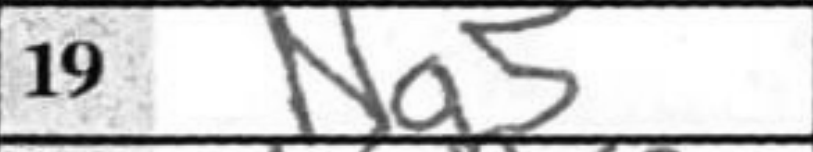
Transcription: Na5